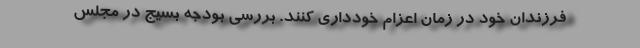
فرزندان خود در زمان اعزام خودداری کنند. بررسی بودجه بسیج در مجلس